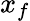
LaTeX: x_{f}